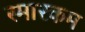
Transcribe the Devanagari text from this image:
स्मारकम